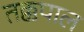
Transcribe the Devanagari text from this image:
तक्कपाल